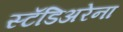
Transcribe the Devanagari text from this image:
स्टॅडिअरेना